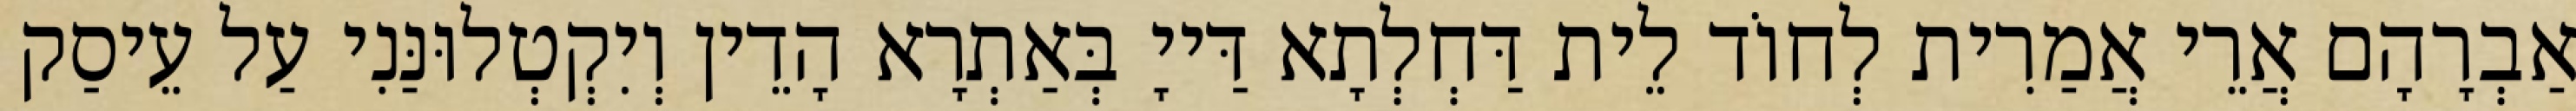
אַבְרָהָם אֲרֵי אֲמַרִית לְחוֹד לֵית דַּחְלְתָא דַּייָ בְּאַתְרָא הָדֵין וְיִקְטְלוּנַּנִי עַל עֵיסַק